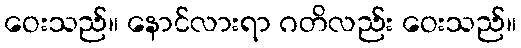
ဝေးသည်။ နောင်လားရာ ဂတိလည်း ဝေးသည်။